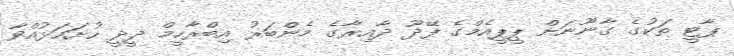
ޕާޓީ ތަކުގެ ގާނޫނަށް ޕީޕީއެމްގެ ފޭދޫ ދާއިރާގެ މެންބަރު އިބްރާހީމް ދީދީ ހުށަހަޅުއްވާ